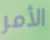
الأمر